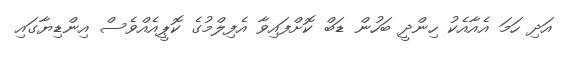
އަދި ހަމަ އެއާއެކު ހިންދީ ބަހުން ޑަބް ކޮށްފައިވާ އެފިލްމުގެ ކޮޕީއެއްވެސް އިންޑިޔާގައި